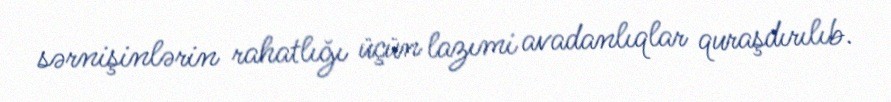
sərnişinlərin rahatlığı üçün lazımi avadanlıqlar quraşdırılıb.